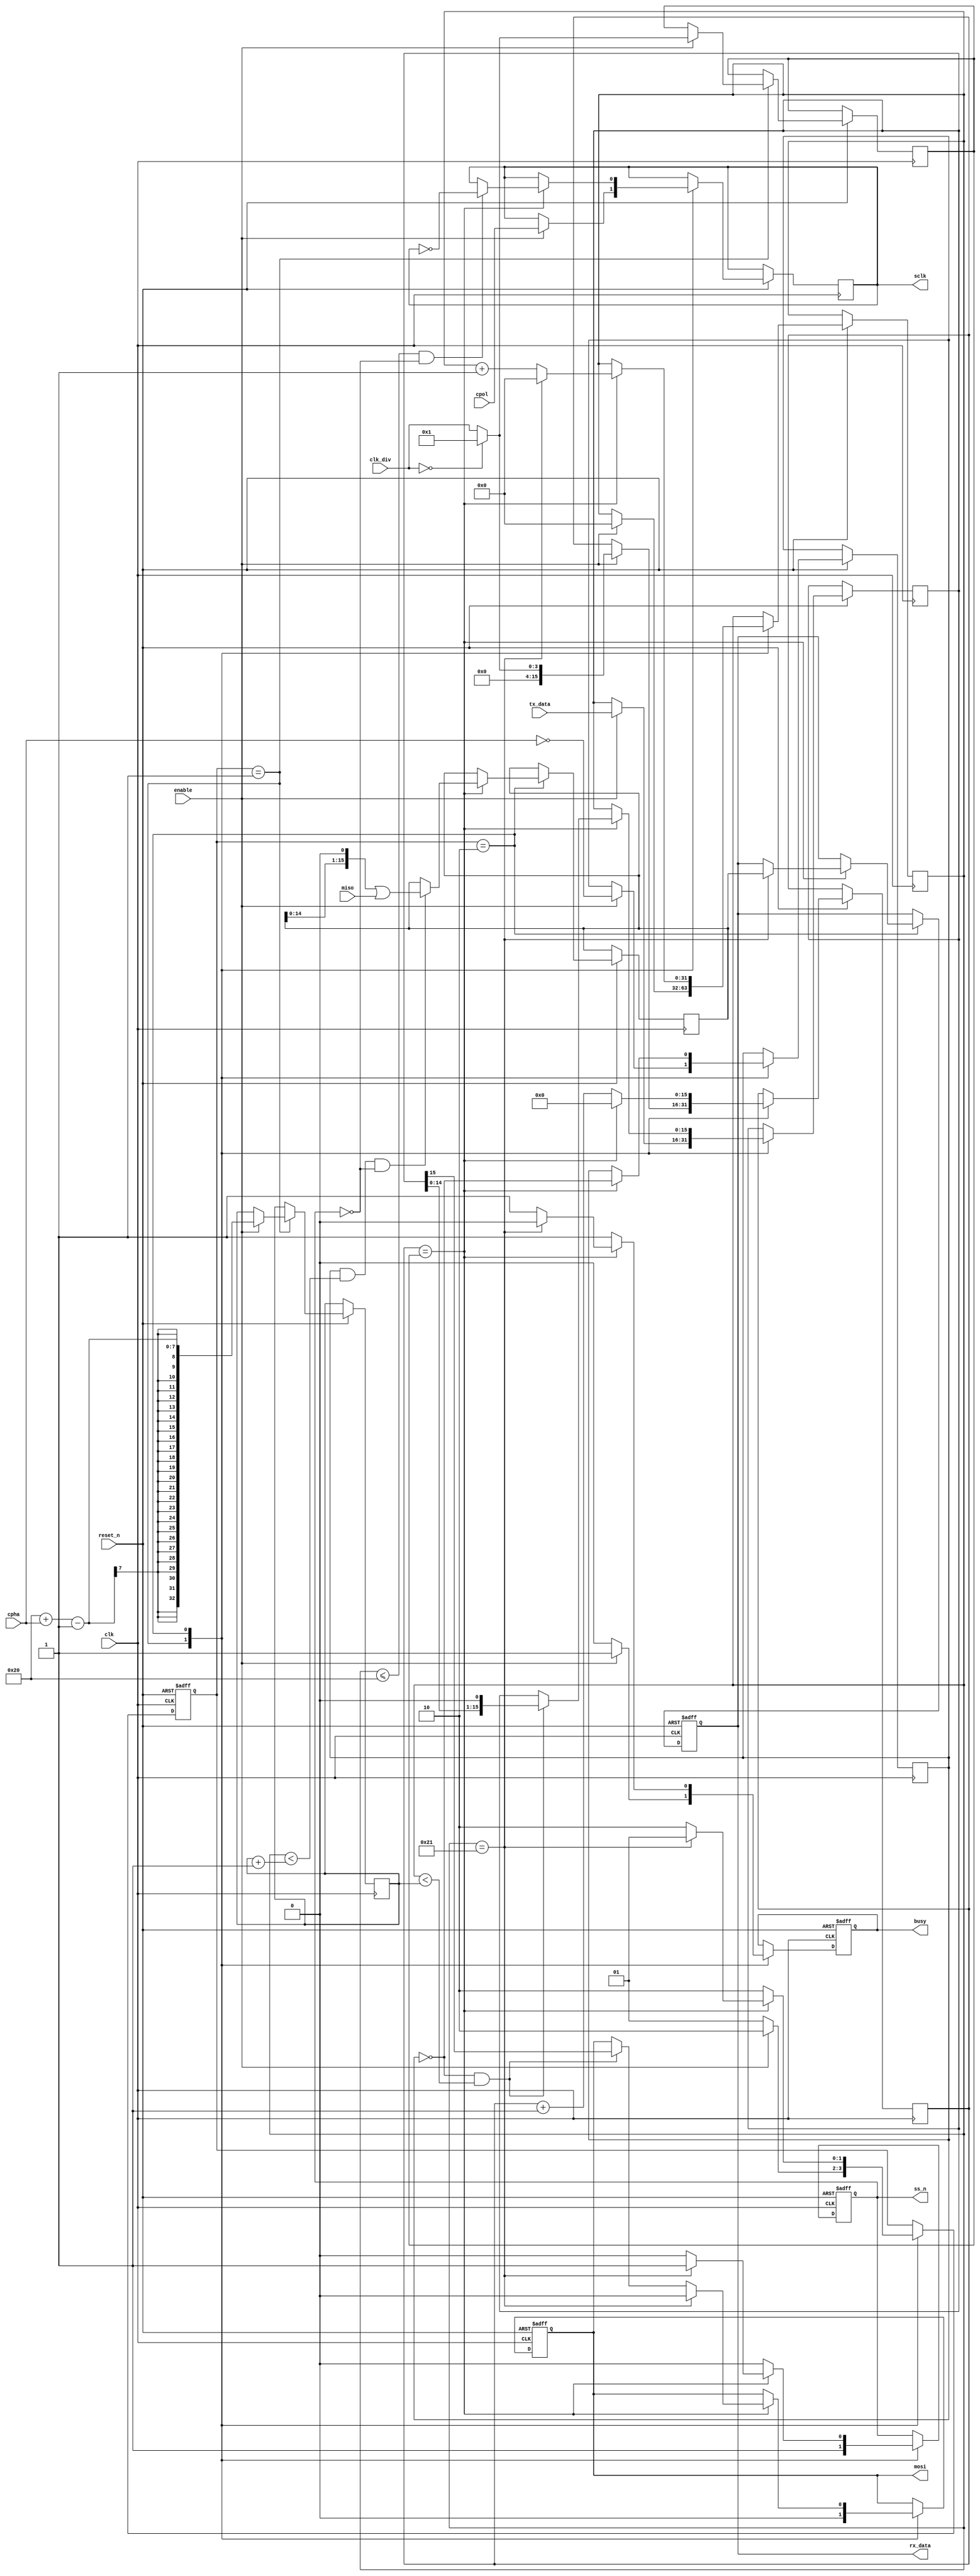
module spi_master#(
	parameter DATA_WIDTH = 16
)(clk, reset_n, enable, cpol, cpha, clk_div, tx_data, miso, sclk, ss_n, mosi, busy, rx_data);

//Parameters
parameter READY = 2'b01, EXECUTE = 2'b10;

//Port declarations
input clk;
input reset_n;
input enable;
input cpol;
input cpha;
input [3:0] clk_div;
input [(DATA_WIDTH-1):0] tx_data;
input miso;
output reg ss_n;
output reg sclk;
output reg mosi;
output reg busy;
output reg [(DATA_WIDTH-1):0] rx_data;

//Inside Variables
reg [1:0] state;
reg [3:0] clk_ratio; //Current divider
reg [(DATA_WIDTH-1):0] counter; //Counter to trigger SCLK
reg [31:0] toggle_counter;
reg assert_data; //1 tx sclk, 0 rx sclk toggle
reg [(DATA_WIDTH-1):0] rx_buffer;
reg [(DATA_WIDTH-1):0] tx_buffer;
reg [(DATA_WIDTH*2):0] rx_last_bit;

//Logic
always @(posedge clk or negedge reset_n) begin

	if(reset_n == 0) begin //Reset
		busy <= 1;
		ss_n <= 1;
		mosi <= 0;
		rx_data <= 0;
		state <= READY;
	end

	else begin
		case(state)
		READY: begin
			busy <= 0;
			ss_n <= 1;
			mosi <= 0;
			
			if(enable) begin
				busy <= 1;
				
				if(clk_div == 0) begin	//If 0, set to max, which is 1
					clk_ratio <= 1;
					counter <= 1;
				end
				else begin
					clk_ratio <= clk_div;
					counter <= clk_div;
				end
				
				sclk <= cpol;				//Clock polarity
				assert_data <= ~cpha;	//Clock phase
				tx_buffer <= tx_data;
				toggle_counter <= 0;
				rx_last_bit <= DATA_WIDTH*2 + cpha - 1; //Data width * 2 + phase -1
				state <= EXECUTE;
			end
			else begin
				state <= READY; 			//Remain in READY state
			end
		end
		
		EXECUTE: begin 
			busy <= 1;
			ss_n <= 0;
			
			if(counter == clk_ratio) begin	//Ratio is met
				counter <= 0;						//Reset counter
				assert_data = ~assert_data;
				
				if(toggle_counter == (DATA_WIDTH*2 + 1)) begin
					toggle_counter <= 0;			//Reset toggle counter
				end
				else begin
					toggle_counter <= toggle_counter + 1;
				end
				
				//Toggle clock for spi
				if((toggle_counter <= DATA_WIDTH*2) && (ss_n == 0)) begin
					sclk <= ~sclk;
				end
				
				//Shift in the received bit
				if((assert_data == 0) && (toggle_counter < rx_last_bit +1) && (ss_n == 0)) begin
                    //rx_buffer <= rx_buffer[DATA_WIDTH-2 : 0] & miso;
					rx_buffer <= (rx_buffer << 1) | miso;
				end
				
				//Shift out the next tx bit
				if((assert_data == 1) && (toggle_counter < rx_last_bit)) begin
					mosi <= tx_buffer[DATA_WIDTH-1];
					tx_buffer <= (tx_buffer << 1);
				end
				
				//EOT
				if(toggle_counter == DATA_WIDTH*2 + 1) begin
					busy <= 0;
					ss_n <= 1;
					mosi <= 0;
					rx_data <= rx_buffer;
					state <= READY;
				end
				else begin
					state <= EXECUTE;
				end	
			end
			else begin //Clock to sclk ratio not met
				counter <= counter + 1'b1;
				state <= EXECUTE;
			end
		end
		endcase

	end
end

endmodule